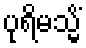
ပုရိမသ္မိံ